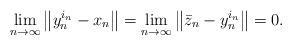
LaTeX: \begin{align*}\lim_{n\to\infty}\left\|y_n^{i_n}-x_n\right\|=\lim_{n\to\infty}\left\|\bar{z}_n-y_n^{i_n}\right\|=0.\end{align*}